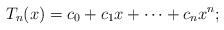
LaTeX: \begin{align*}T_n(x) = c_0 + c_1 x + \dots + c_n x^n;\end{align*}